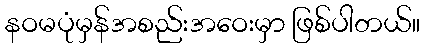
နဝမပုံမှန်အစည်းအဝေးမှာ ဖြစ်ပါတယ်။